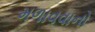
મળાવવાનો